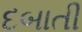
દબાતી